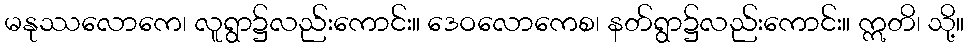
မနုဿလောကေ၊ လူရွာ၌လည်းကောင်း။ ဒေဝလောကေစ၊ နတ်ရွာ၌လည်းကောင်း။ ဣတိ၊ သို့။